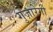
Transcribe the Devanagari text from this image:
गुज़ारेगी